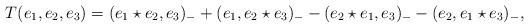
LaTeX: \begin{align*} T(e_1,e_2,e_3)= (e_1\star e_2, e_3)_-+(e_1,e_2\star e_3)_- - (e_2\star e_1, e_3)_--(e_2,e_1\star e_3)_-, \end{align*}